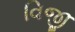
વિજી